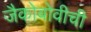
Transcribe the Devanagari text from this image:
जैकोबोवीची